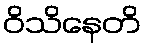
ဝိသိနေတိ